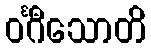
ဝင်္ဂီသောတိ